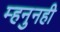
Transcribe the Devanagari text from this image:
म्हनुनही